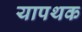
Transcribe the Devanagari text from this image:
यापथक